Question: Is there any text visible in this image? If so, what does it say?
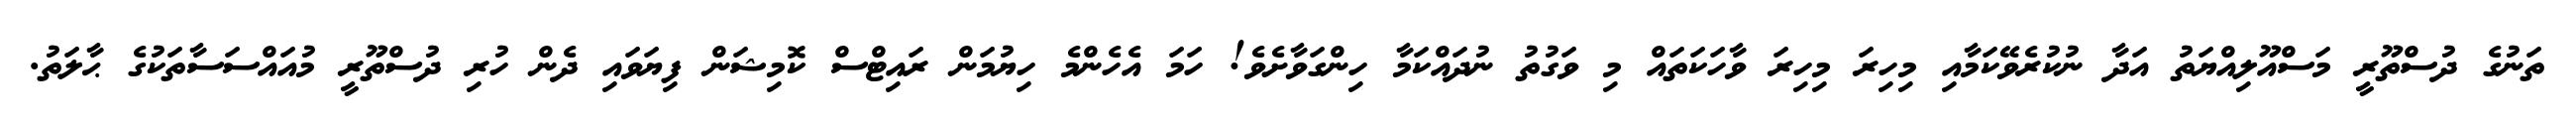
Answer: ތަނުގެ ދުސްތޫރީ މަސްއޫލިއްޔަތު އަދާ ނުކުރެވޭކަމާއި މިހިރަ މިހިރަ ވާހަކަތައް މި ވަގުތު ނުދައްކަމާ ހިންގަވާށެވެ! ހަމަ އެހެންމެ ހިޔުމަން ރައިޓްސް ކޮމިޝަން ފިޔަވައި ދެން ހުރި ދުސްތޫރީ މުއައްސަސާތަކުގެ ޙާލަތު.